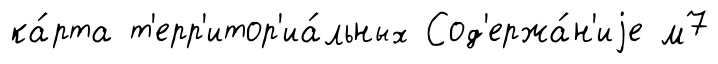
ка́рта т'ерр'итор'иа́льных Сод'ержа́н'иjе м7